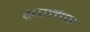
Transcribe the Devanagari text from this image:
शब्दासंबंधात